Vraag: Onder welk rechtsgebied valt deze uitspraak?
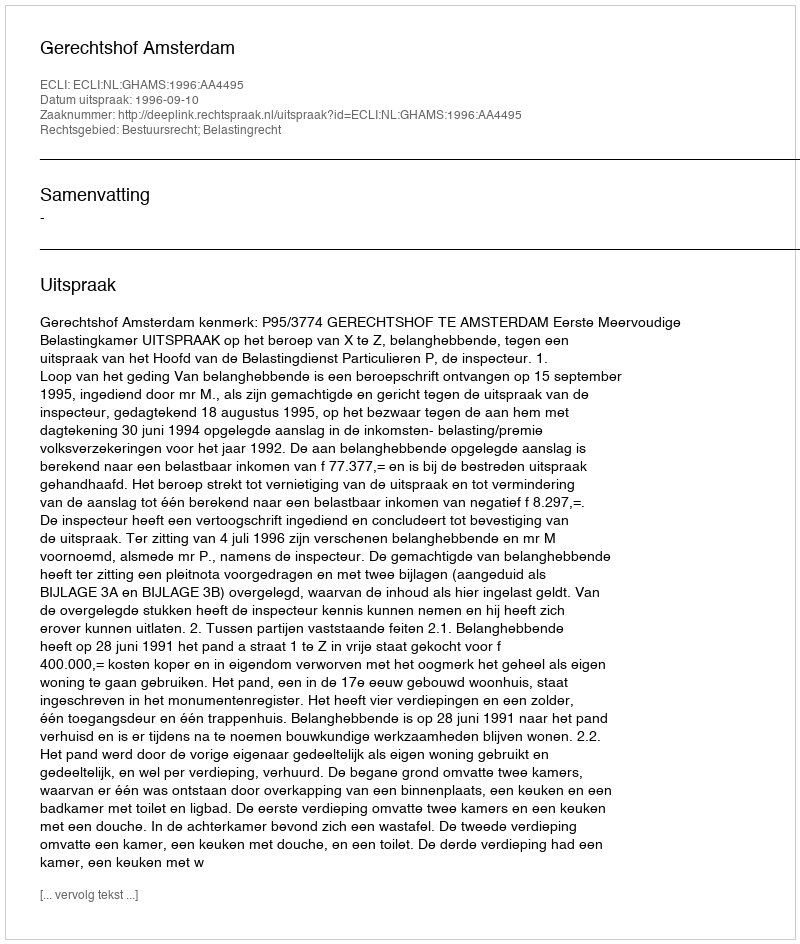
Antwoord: Bestuursrecht; Belastingrecht